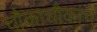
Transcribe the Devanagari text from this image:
चौकाचौकांचे